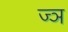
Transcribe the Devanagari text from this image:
ज्‍ञ